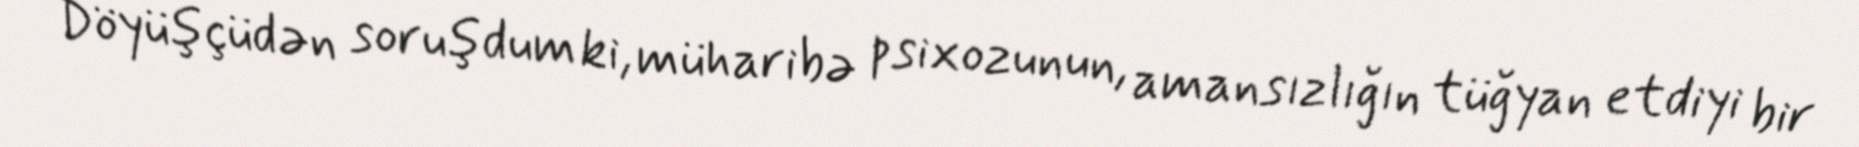
Döyüşçüdən soruşdum ki, müharibə psixozunun, amansızlığın tüğyan etdiyi bir